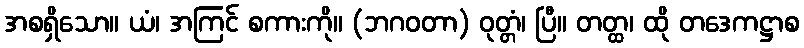
အစရှိသော။ ယံ၊ အကြင် စကားကို။ (ဘဂဝတာ) ဝုတ္တံ၊ ပြီ။ တတ္ထ၊ ထို တဒေကဋ္ဌာစ